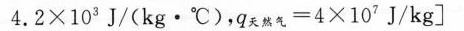
4 . 2 × 1 0 3 J / ( k g · ℃ )$$，$$q _ { 天 然 气 } = 4 × 1 0 7 J / k g$$]